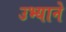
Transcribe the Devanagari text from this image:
उभ्याने